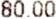
80.00